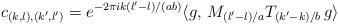
LaTeX: \begin{align*}c_{(k,l),(k',l')} = e^{- 2 \pi i k (l'-l)/(ab)} \langle g , \, M_{(l'-l)/a} T_{(k'-k)/b} \, g \rangle\end{align*}